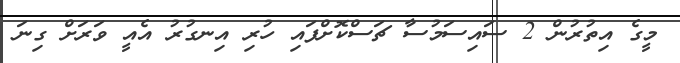
މީގެ އިތުރުން 2 ސައިސަމުސާ ޗަސްކޮށްފައި ހުރި އިނގުރު އެއީ ވަރަށް ގިނަ